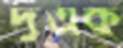
দুএক